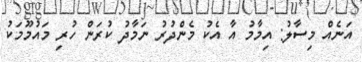
އަނެއް މިސާލު: އިމާމު އާ އެކު މެންދުރު ނަމާދު ކުރަން ހުރި މައުމޫމަކު